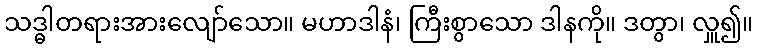
သဒ္ဓါတရားအားလျော်သော။ မဟာဒါနံ၊ ကြီးစွာသော ဒါနကို။ ဒတွာ၊ လှူ၍။